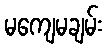
မကျေမချမ်း